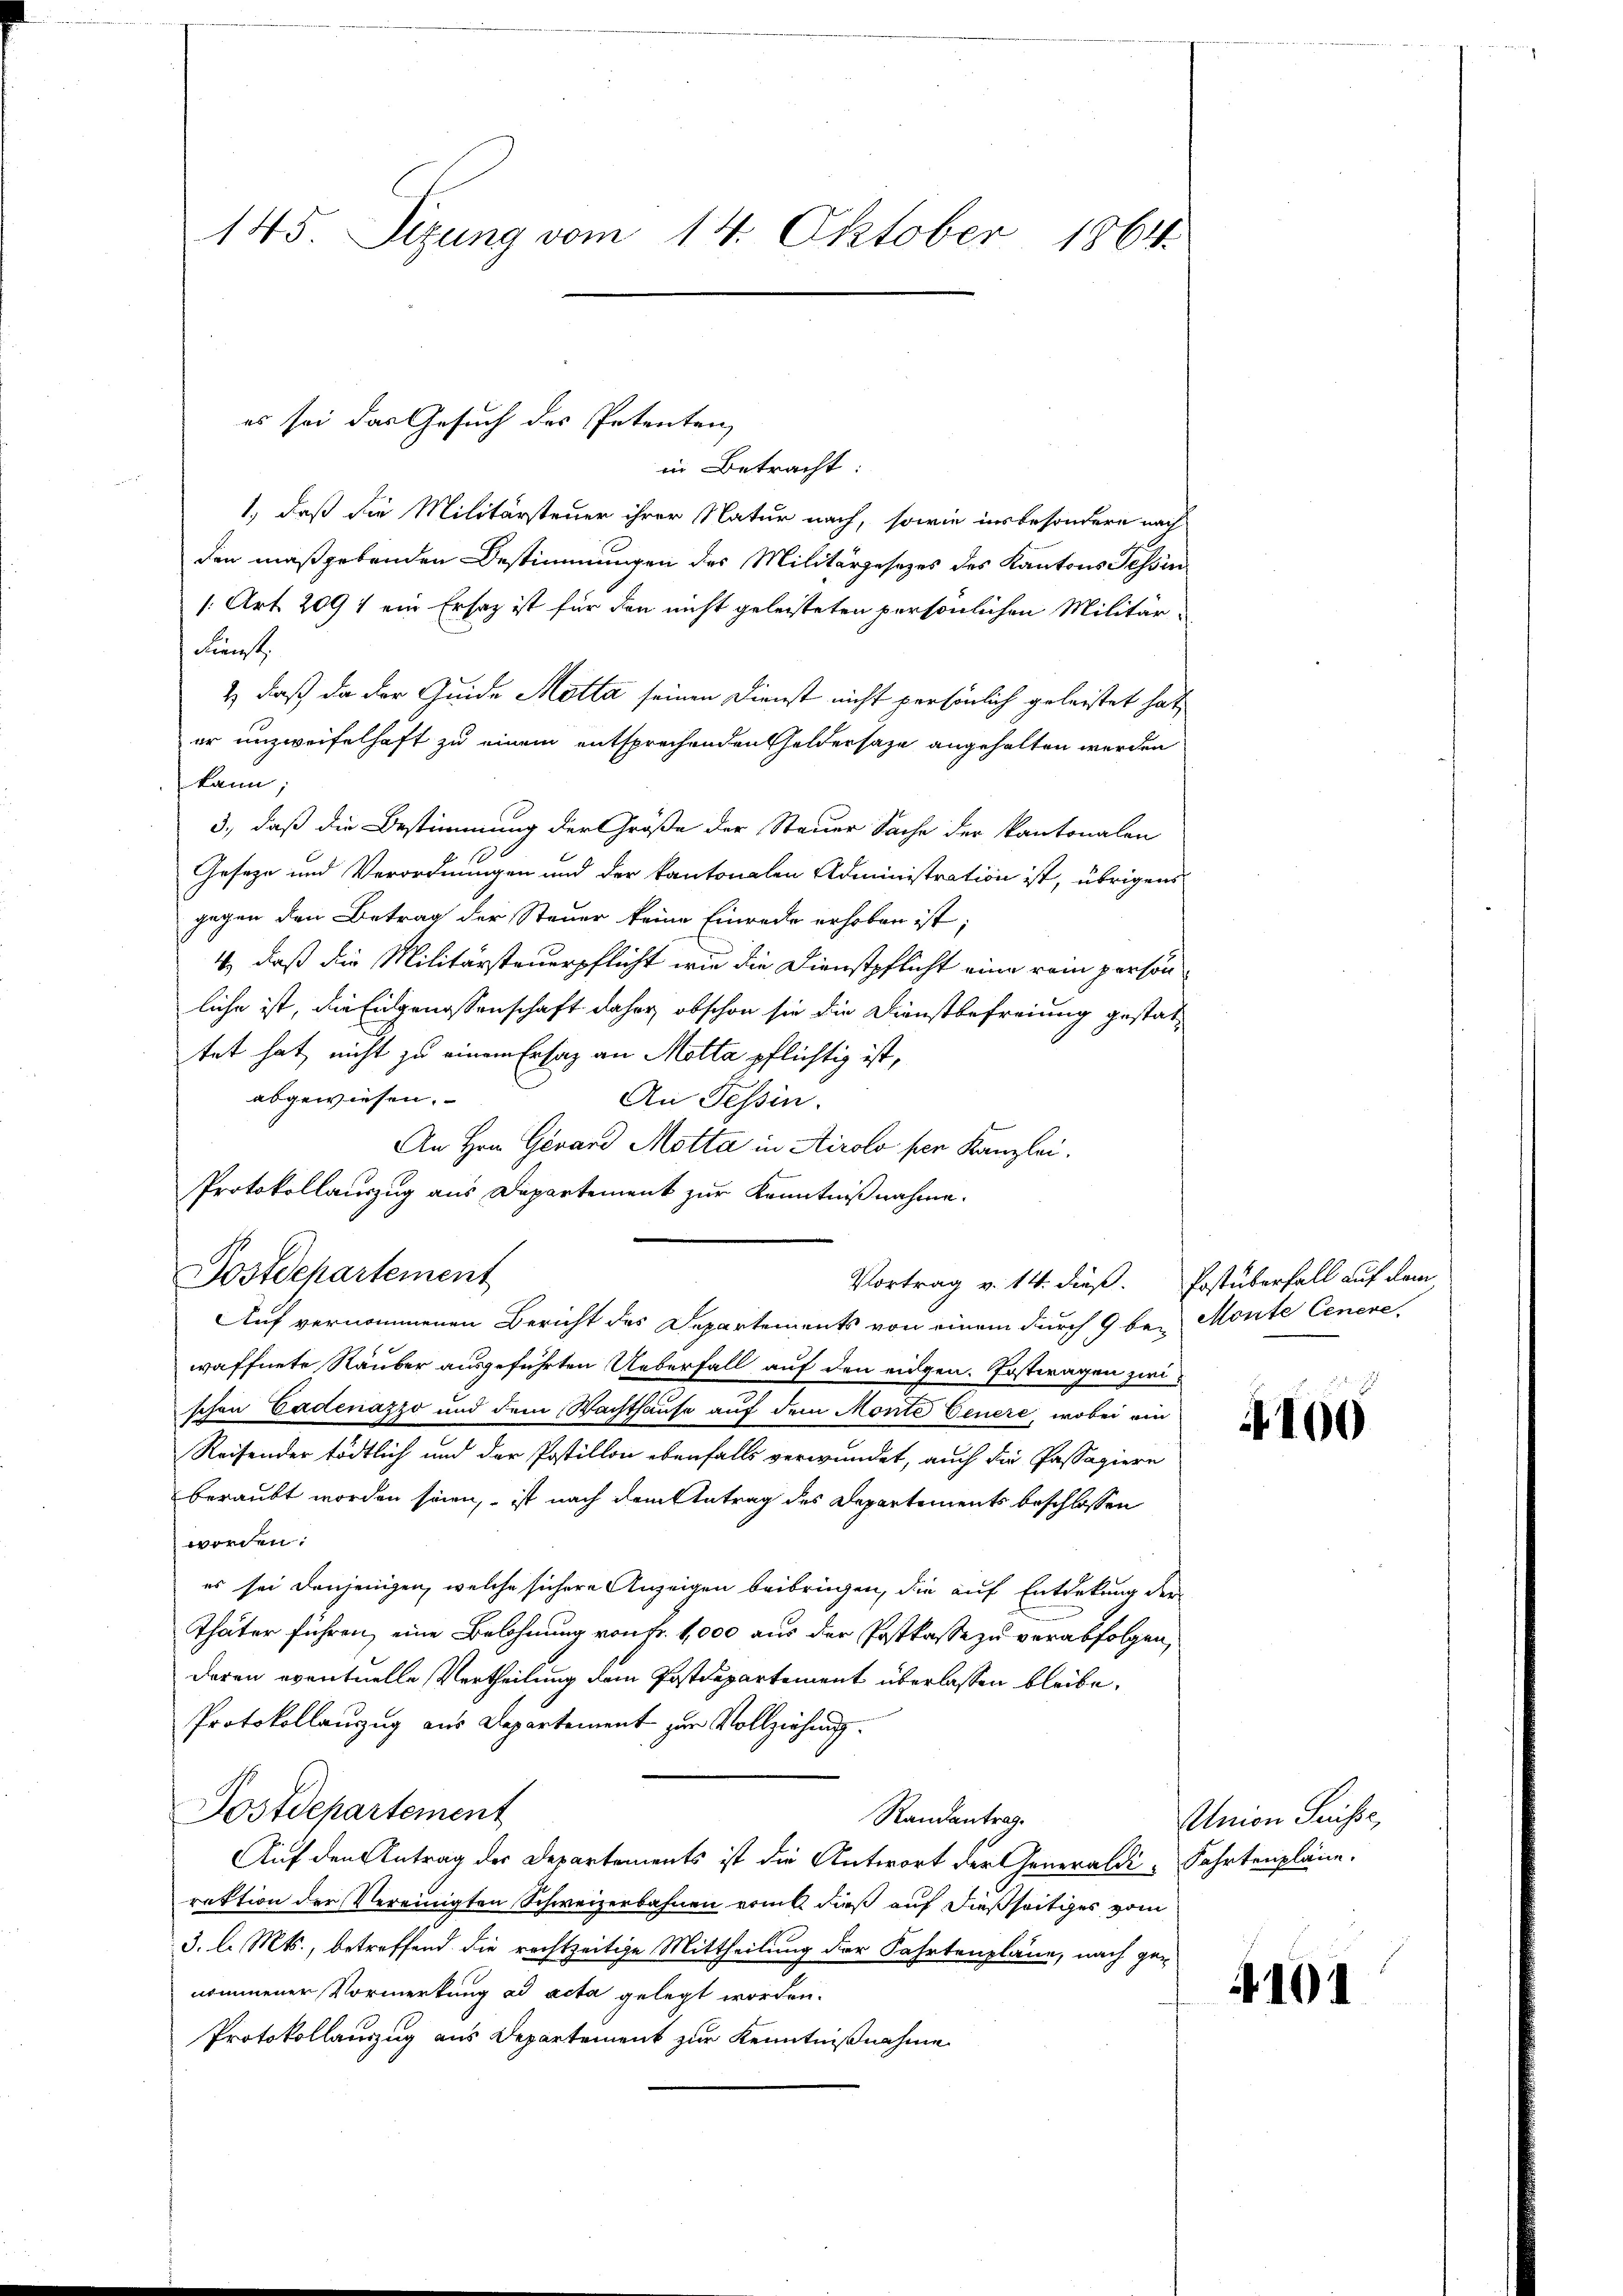
145 Sizung vom 14. Oktober 1864.

in Betracht
1., daß die Militärsteuer ihrer Natur nach, sowie insbesondere nach
den maßgebenden Bestimmungen des Militärgesetzes des Kantons Tessin
[: Art. 2091 ein Ersatz ist für den nicht geleisteten persönlichen Militär-
Kunst
2) daß da der Guide Motta seinen Dienst nicht persönlich geleistet hat,
er unzweifelhaft zu einem entsprechenden Geldersage angehalten werden
kann
3., daß die Bestimmung der Größe der Steuer Sache der Kantonalen
Geseze und Verordnungen und der kantonalen Administration ist, übrigens
gegen den Betrag der Steuer keine Einrede erhoben ist;
4., daß die Militärsteuerpflicht wie die Dienstpflicht eine rein person
liche ist, die Eingenossenschaft daher, obschon sie die Dienstbefreiung gestattet hat, nicht zu einem Ersatz an Motta pflichtig ist,
abgewiesen.
An Tessin.
An Hrn. Gevard Motta in Airolo per Kanzlei.
Protokollauszug aus Departement zur Kenntnißnahme.
Postdepartement
Auf vernommenen Bericht des Departements von einem durch 9 bei Monte Cenere
waffnete Räuber ausgeführten Ueberfall auf den eigen. Erstwagen zwischen Cadenazzo und dem Wachthause auf dem Monte Genere, wobei ein
Reisender tödtlich und der Postillon ebenfalls verwundet, auch die Passagiere
beraubt worden seien, ist nach dem Antrag des Departements beschlossen
worden.
es sei denjenigen, welche sichere Anzeigen beibringen, die auf Entdekung der
Thäter führen, eine Belohnung von Fr. 1,000 aus der Postkasse zu verabfolgen,
deren eventuelle Vertheilung dem Postdepartement überlassen bleibe,
Protokollauszug aus Departement zur Vollziehung.
Postdepartement
Randantrag.
Auf den Antrag der Departements ist die Antwort der Generaldi-Fahrtenpläne.
rektion der Vereinigten Schweizerbahnen erint dieß auf dießseitiges vom
3. l. Mts., betreffend die rechtzeitige Mittheilung der Fahrtenpläne, nach geg
nommener Vormerkung ad acta gelegt worden.
Protokollauszug aus Departement zur Kenntnißnahme

es sei das Gesuch des Petenten,

Vortrag v. 14. dieß. Postüberfall auf dem

4100

Union Suisse,

4101